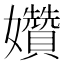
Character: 㜺